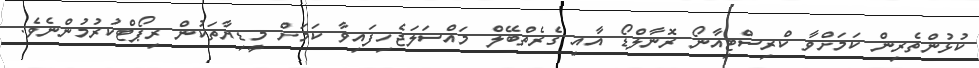
ކުޅުންތެރިން ކަމަށްވާ ކްރިސްޓިއާނޯ ރޮނާލްޑޯ އާއި ގެރެތްބޭލް މައްސަލަޖެހިފައިވާ ކަމަށް މީޑިޔާތަކުން ރިޕޯޓްކުރުމުންނެވެ.